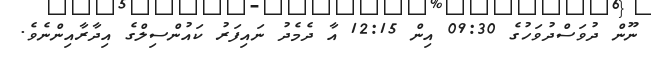
ނޫން ދުވަސްދުވަހުގެ 09:30 އިން 12:15 އާ ދެމެދު ނައިފަރު ކައުންސިލްގެ އިދާރާއިންނެވެ.